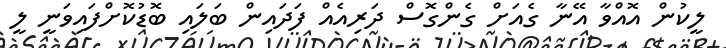
ލީކުން އޮއްވާ އޭނާ ގެއަށް ގެންގޮސް ދަރިއެއް ފަދައިން ބަލައި ބޮޑުކޮށްފައިވަނީ ލީ